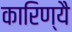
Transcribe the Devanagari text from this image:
कारिण्यै